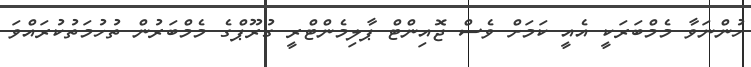
ހުންނަވާ މެމްބަރަކީ އެއީ ކަމަށް ވެސް ޖޮއިންޓް ޕާލިމެންޓްރީ ގުރޫޕްގެ މެމްބަރުން ތުހުމަތުކުރައްވަ